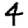
Digit: 4